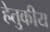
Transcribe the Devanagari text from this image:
हेतुकीय